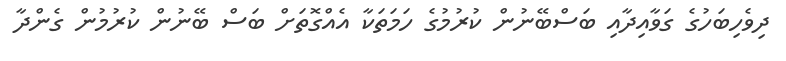
ދިވެހިބަހުގެ ގަވާއިދާއި ބަސްބޭނުން ކުރުމުގެ ހަމަތަކާ އެއްގޮތަށް ބަސް ބޭނުން ކުރުމުން ގެންދާ